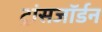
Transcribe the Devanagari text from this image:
ट्रांसजॉर्डन